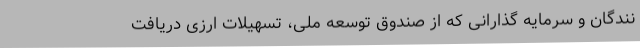
نندگان و سرمایه گذارانی که از صندوق توسعه ملی، تسهیلات ارزی دریافت